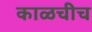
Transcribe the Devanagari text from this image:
काळचीच